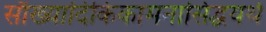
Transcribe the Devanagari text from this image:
सौख्यादिकिकामनासिद्धयर्थ